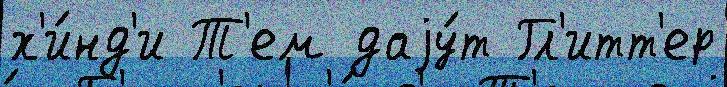
х'и́нд'и Т'ем даjу́т Гл'итт'ер